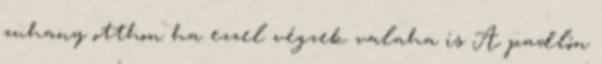
zuhany otthon ha ezzel végzek valaha is A padlón